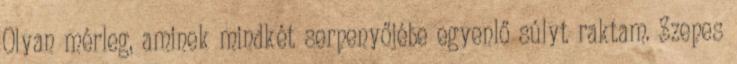
Olyan mérleg, aminek mindkét serpenyőjébe egyenlő súlyt raktam. Szepes